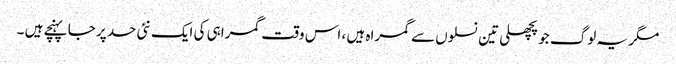
مگر یہ لوگ جو پچھلی تین نسلوں سے گمراہ ہیں ، اس وقت گمراہی کی ایک نئی حد پر جا پہنچے ہیں ۔